DOW-UAP-D49, Launch Summary, Vandenberg AFB, 2000
Agency: Department of War
Incident date: 2/3/00
Page 83
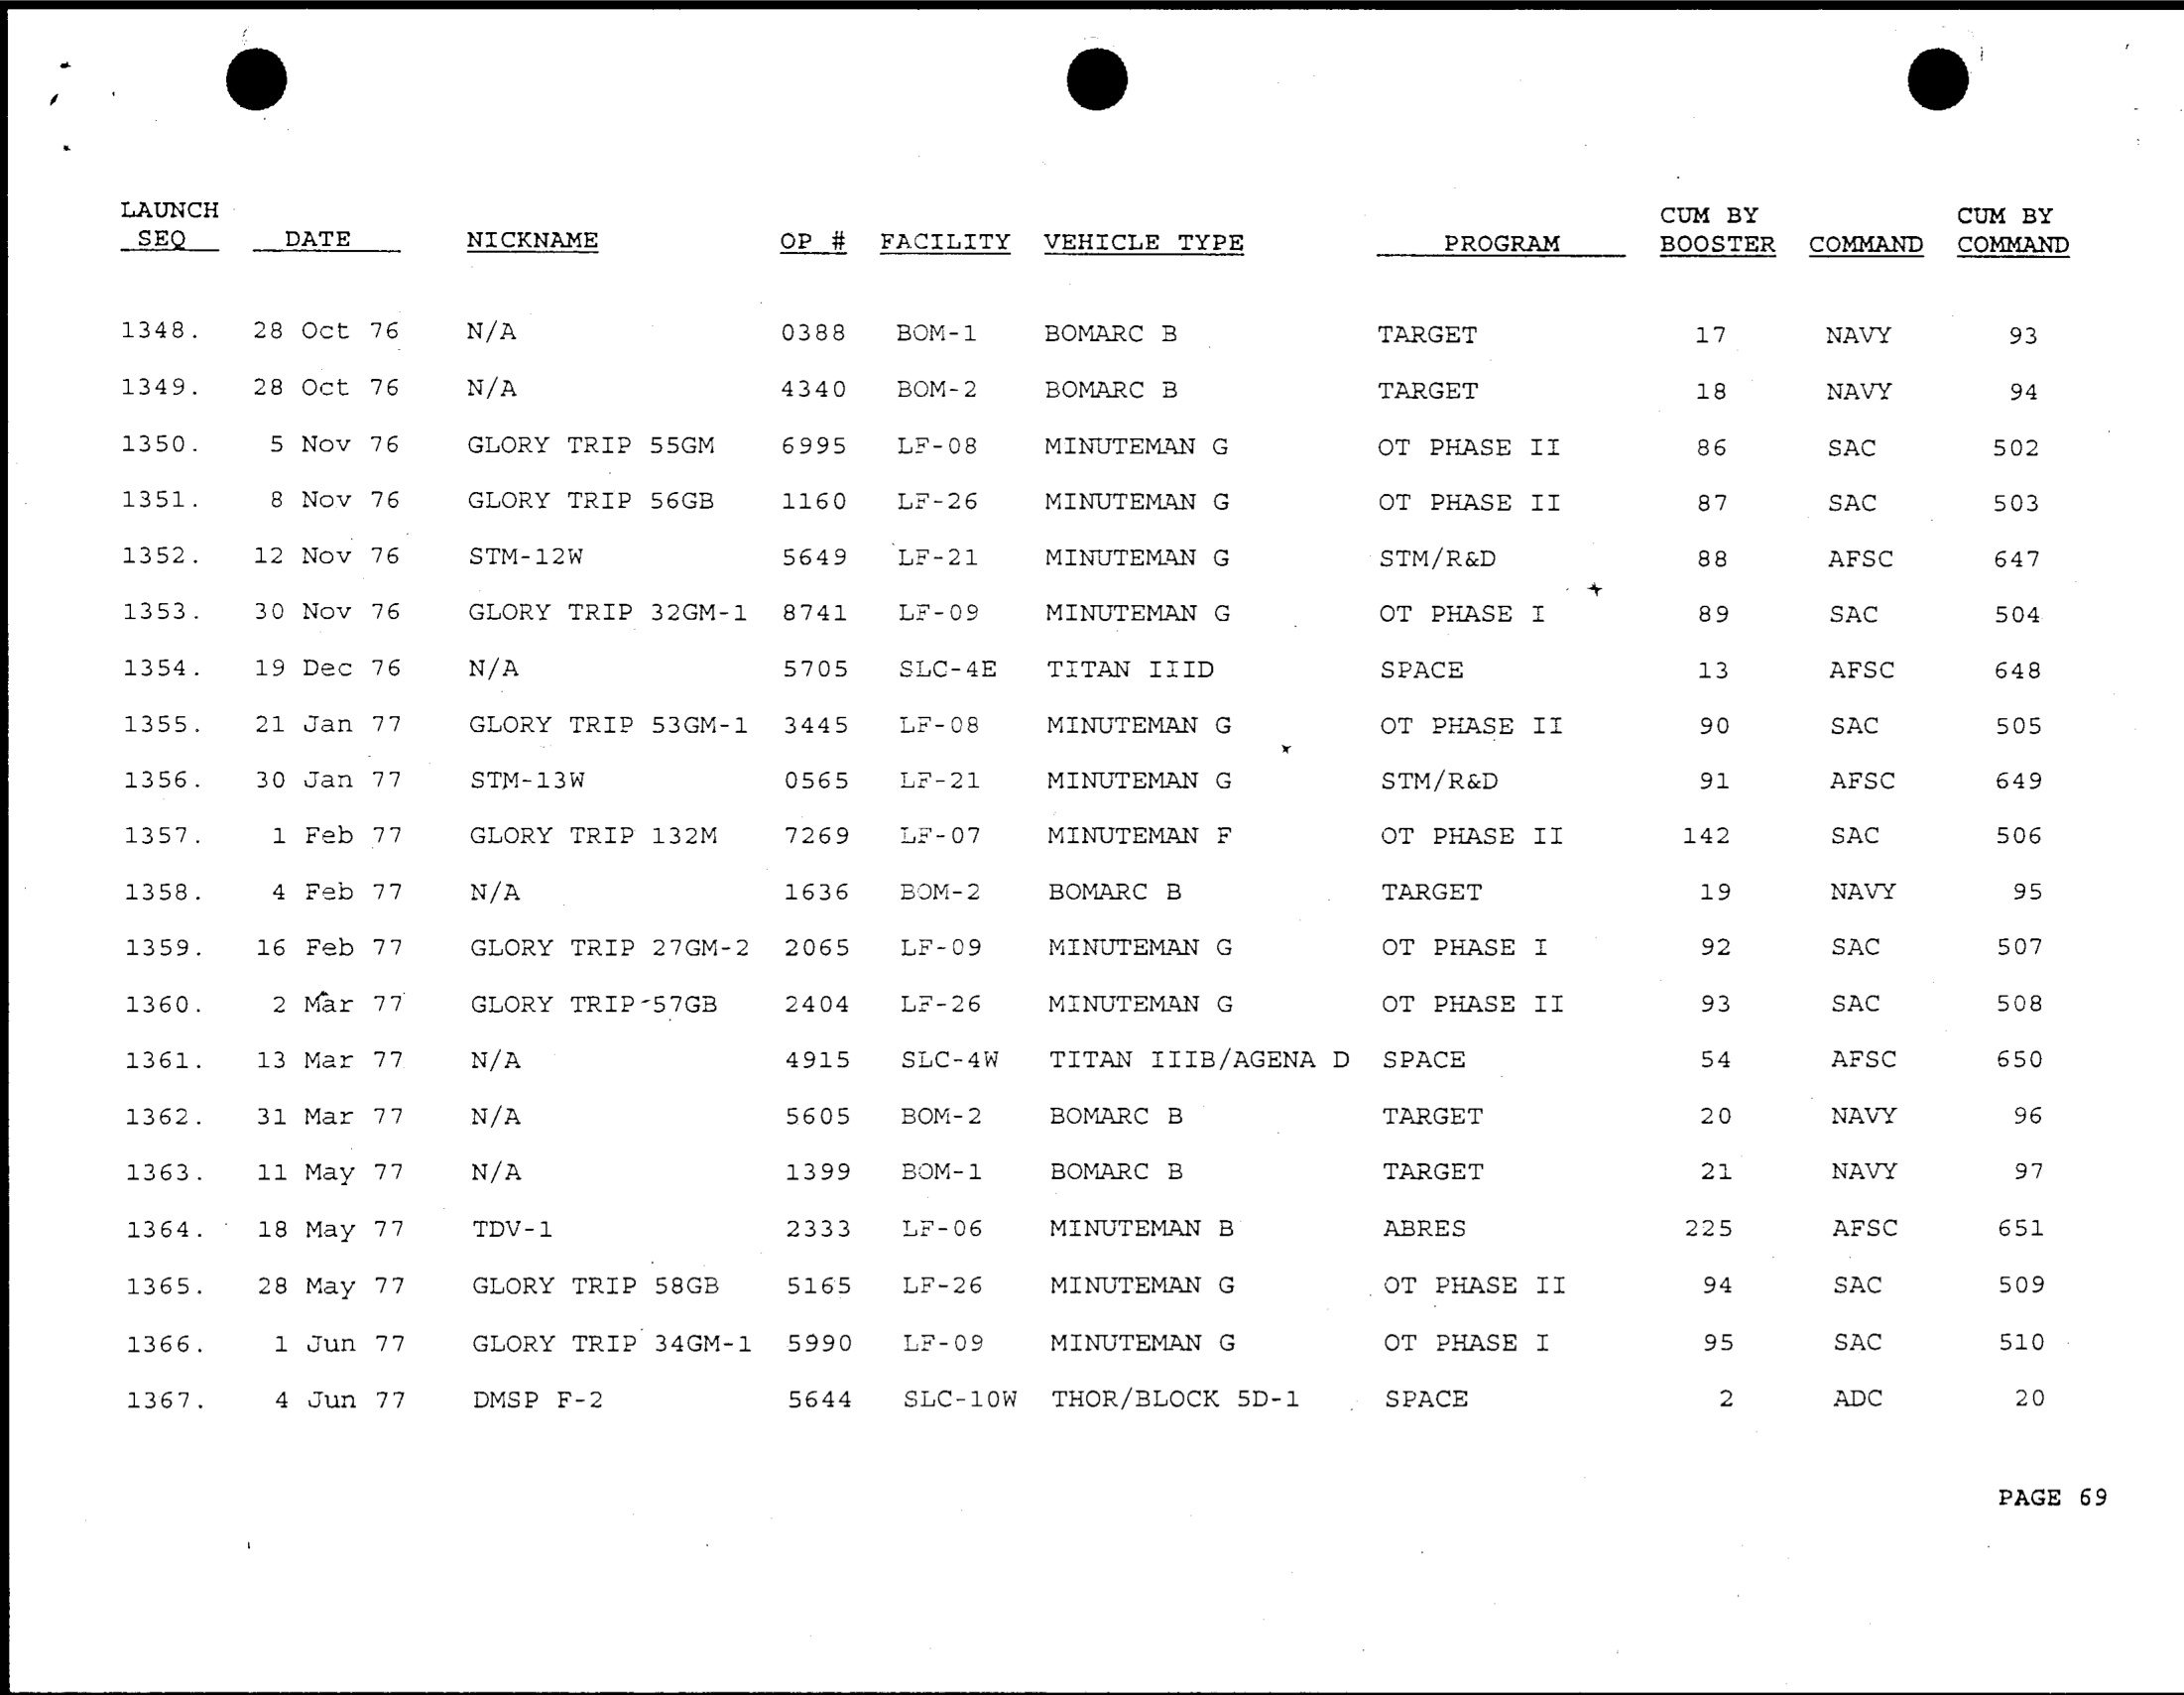